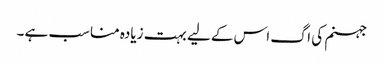
جہنم کی اگ اس کے لیے بہت زیادہ مناسب ہے ۔